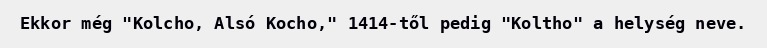
Ekkor még "Kolcho, Alsó Kocho," 1414-től pedig "Koltho" a helység neve.